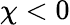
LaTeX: \chi<0